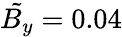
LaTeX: \tilde{B_{y}}=0.04